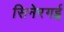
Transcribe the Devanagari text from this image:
सिनेरगई